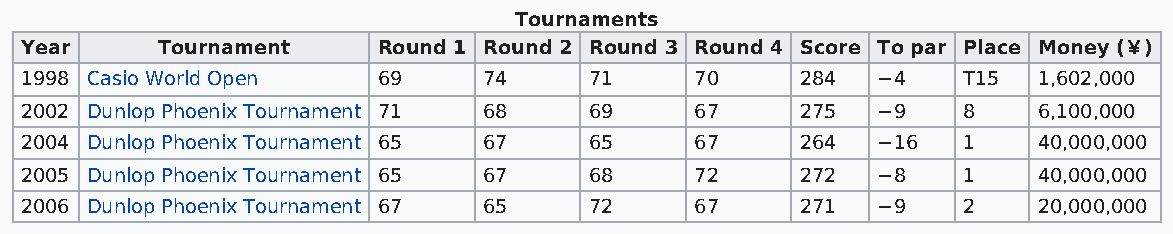
Tournaments
 Year     Tournament     Round 1 Round 2 Round 3 Round 4 Score To par Place Money (￥￥)
 1998 Casio World Open   69     74     71     70     284  −4    T15  1,602,000
 2002 Dunlop Phoenix Tournament 71 68  69     67     275  −9    8    6,100,000
 2004 Dunlop Phoenix Tournament 65 67  65     67     264  −16   1    40,000,000
 2005 Dunlop Phoenix Tournament 65 67  68     72     272  −8    1    40,000,000
 2006 Dunlop Phoenix Tournament 67 65  72     67     271  −9    2    20,000,000